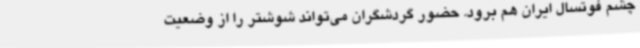
چشم فوتسال ایران هم برود. حضور گردشگران می‌تواند شوشتر را از وضعیت